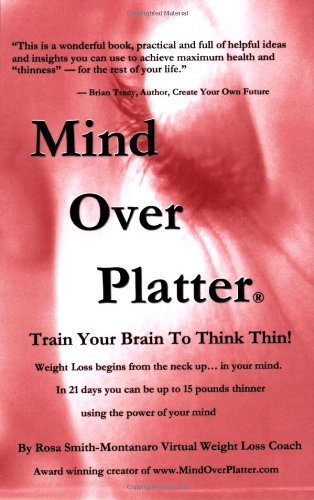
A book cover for Mind Over Platter; Rosa Smith-Montanaro; Health, Fitness & Dieting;